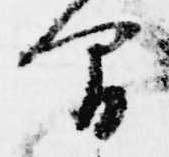
間